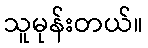
သူမုန်းတယ်။